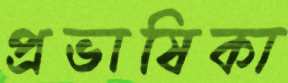
প্রভাষিকা